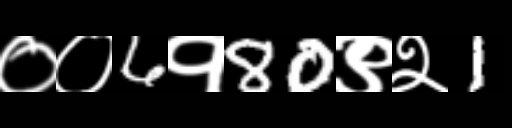
Text: ००6१80९२1